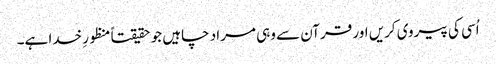
اُسی کی پیروی کریں اور قرآن سے وہی مراد چاہیں جو حقیقتاً منظورِ خدا ہے۔